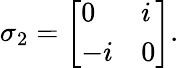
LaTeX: \sigma_{2}={\left[\begin{array}{ll}{0}&{i}\\ {-i}&{0}\end{array}\right]}.